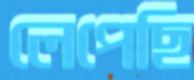
লেপেছি